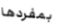
بمفردها